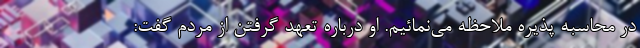
در محاسبه پذیره ملاحظه می‌نمائیم. او درباره‌ تعهد گرفتن از مردم گفت: